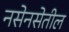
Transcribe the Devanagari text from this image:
नसेनसेतील